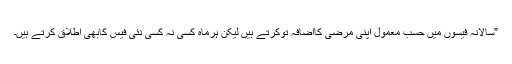
”سالانہ فیسوں میں حسب معمول اپنی مرضی کااضافہ توکرتے ہیں لیکن ہرماہ کسی نہ کسی نئی فیس کابھی اطلاق کرتے ہیں۔